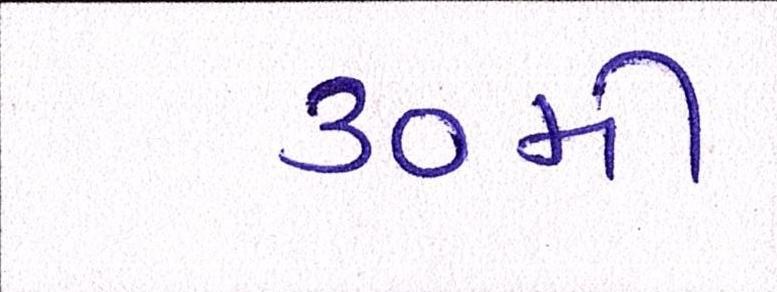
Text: ૩૦મી